Leaving Certificate Examination (including Day School Certificate (Higher) General paper), 1927
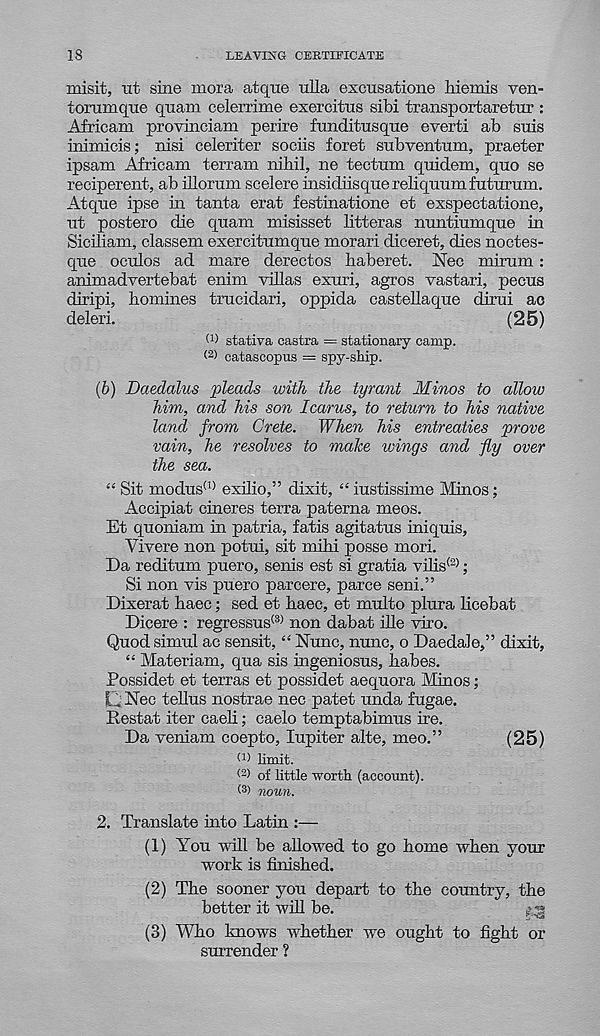
18
LEAVING CERTIFICATE
misit, ut sine mora atque ulla exeusatione hiemis ven-
torumqiie qnam celerrime exercitus sibi transportaretur :
Africa,m provinciam perire fnnditusqiie everti ab snis
inimicis; nisi celeriter sociis foret subvention, praeter
ipsam Africam terrain nihil, ne tectum quidem, quo se
reciperent, ab illorum scelere insidiisquereliquumfuturum.
Atque ipse in tanta erat festinatione et exspectatione,
ut postero die quam misisset litteras nuntiumque in
Siciliam, classem exercitumque morari diceret, dies noctes-
que oculos ad mare derectos haberet. Nee mirum:
animadvertebat enim villas exuri, agros vastari, pecus
diripi, homines trucidari, oppida castellaque dirui ao
deleri.
(25)
W stativa castra = stationary camp,
catascopus = spy-sMp.
(b) Daedalus pleads with the tyrant Minos to allow
him, and his son Icarus, to return to his native
land from Crete. When his entreaties prove
vain, he resolves to make wings and fly over
the sea.
“ Sit modus (1) exilio,” dixit, “ iustissime Minos;
Accipiat cineres terra paterna meos.
Et quoniam in patria, fatis agitatus iniquis,
Vivere non potui, sit mihi posse mori.
Da reditum puero, senis est si gratia vilis (2) ;
Si non vis puero parcere, parce seni.”
Dixerat haec; sed et haec, et multo plura licebat
Dicere : regressus® non dabat ille viro.
Quod simul ac sensit, “ Nunc, nunc, o Daedale,” dixit,
“ Materiam, qua sis ingeniosus, habes.
Possidet et terras et possidet aequora Minos;
L Nec tellus nostrae nec patet unda fugae.
Restat iter caeli; caelo temptabimus ire.
Da veniam coepto, lupiter alte, meo.”
(25)
f 1 ) limit.
<2 > of little worth (account).
< 3 ) iwun.
2. Translate into Latin :—
(1) You will be allowed to go home when your
work is finished.
(2) The sooner you depart to the country, the
better it will be.
;
(3) Who knows whether we ought to fight or
surrender ?